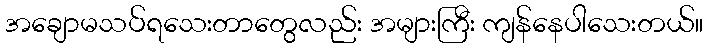
အချောမသပ်ရသေးတာတွေလည်း အများကြီး ကျန်နေပါသေးတယ်။